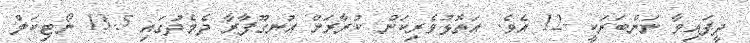
ދީފައިވާ ނަންބަރަކީ -12 އެވެ. އަތޮޅުވެރިކަން ކުރާރަށް އުނގޫފާރާ ދެމެދުގައި 13.5 ނޯޓިކަލް